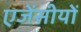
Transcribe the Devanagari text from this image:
एजेंसीयों